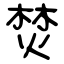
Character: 焚